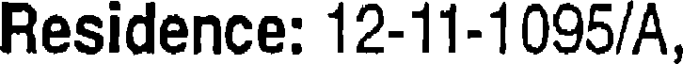
Residence: 12-11-1095/A,